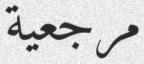
مرجعية